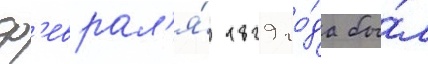
ф'еврал'я́ 1829 го́да бы́л